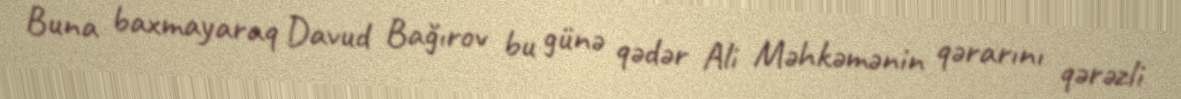
Buna baxmayaraq Davud Bağırov bu günə qədər Ali Məhkəmənin qərarını qərəzli